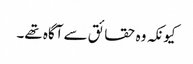
کیونکہ وہ حقائق سے آگاہ تھے۔